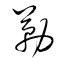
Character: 勒